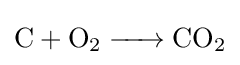
{\ce {C + O2 -> CO2}}